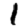
Digit: 1